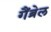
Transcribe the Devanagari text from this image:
गैंब्रेल